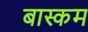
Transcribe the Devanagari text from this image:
बास्कम